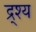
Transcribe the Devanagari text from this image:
द्र्श्य